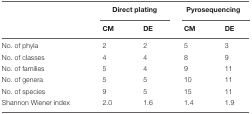
<table><thead><tr><td></td><td colspan="2"><b>Direct plating</b></td><td colspan="2"><b>Pyrosequencing</b></td></tr><tr><td></td><td><b>CM</b></td><td><b>DE</b></td><td><b>CM</b></td><td><b>DE</b></td></tr></thead><tbody><tr><td>No. of phyla</td><td>2</td><td>2</td><td>5</td><td>3</td></tr><tr><td>No. of classes</td><td>4</td><td>4</td><td>8</td><td>9</td></tr><tr><td>No. of families</td><td>5</td><td>4</td><td>9</td><td>11</td></tr><tr><td>No. of genera</td><td>5</td><td>5</td><td>10</td><td>11</td></tr><tr><td>No. of species</td><td>9</td><td>5</td><td>15</td><td>11</td></tr><tr><td>Shannon Wiener index</td><td>2.0</td><td>1.6</td><td>1.4</td><td>1.9</td></tr></tbody></table>